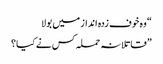
“ وہ خوف زدہ انداز میں بولا
” قاتلانہ حملہ کس نے کیا؟